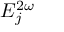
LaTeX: E _ { j } ^ { 2 \omega }